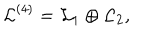
{ \mathcal { L } } ^ { ( 4 ) } = { \mathcal { L } } _ { 1 } \oplus { \mathcal { L } } _ { 2 } ,